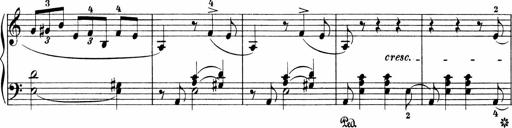
Title: 3 Sonatinas
Composer: Carl Reinecke